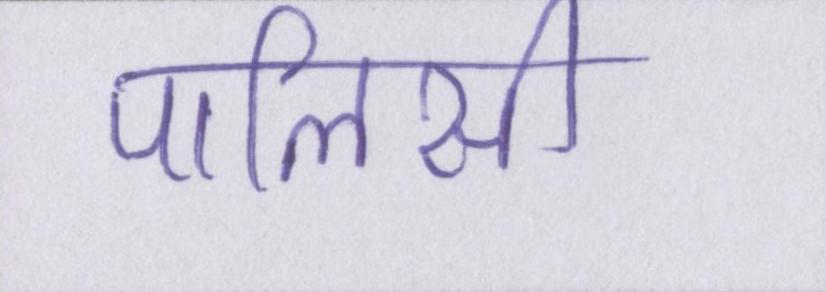
पालिसी